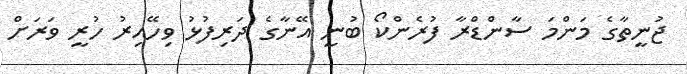
ޖުނީތާގެ މަންމަ ސާންޑްރާ ފުރެންކޯ ބުނީ އޭނާގެ ދަރިފުޅު ވިހޭއިރު ހުރީ ވަރަށް